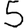
Digit: 5